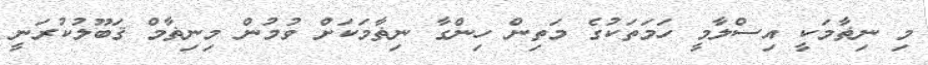
މި ނިޡާމަކީ އިސްލާމީ ހަމަތަކުގެ މަތިން ހިންގާ ނިޡާމަކަށް ވުމުން މިނިޡާމް ޤަބޫލުކުރަނީ